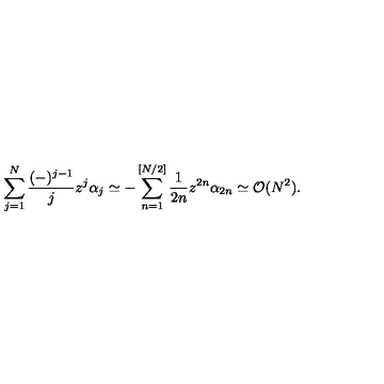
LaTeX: \sum _ { j = 1 } ^ { N } \frac { ( - ) ^ { j - 1 } } { j } z ^ { j } \alpha _ { j } \simeq - \sum _ { n = 1 } ^ { [ N / 2 ] } \frac { 1 } { 2 n } z ^ { 2 n } \alpha _ { 2 n } \simeq { \cal O } ( N ^ { 2 } ) .